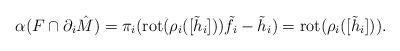
LaTeX: \begin{align*}\alpha(F \cap \partial_i \hat{M}) = \pi_i( \mathrm{rot}(\rho_i([\tilde{h}_i]))\tilde{f}_i - \tilde{h}_i )= \mathrm{rot}(\rho_i([\tilde{h}_i])).\end{align*}